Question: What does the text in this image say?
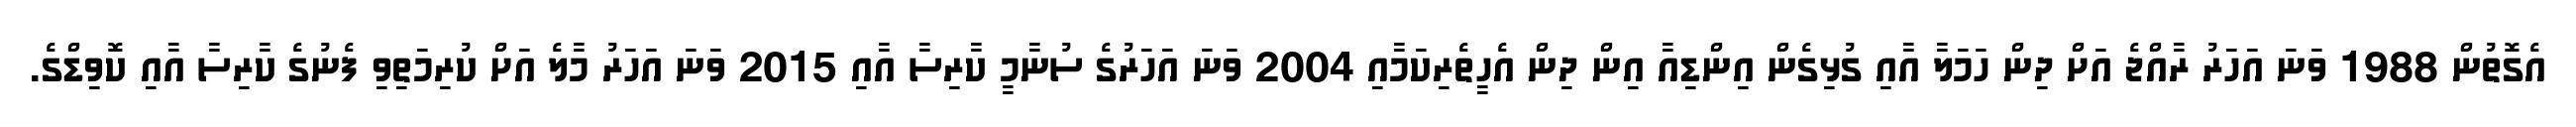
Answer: އެގޮތުން 1988 ވަނަ އަހަރު ރާއްޖެ އަށް ދިން ހަމަލާ އާއި ގުޅިގެން އިންޑިއާ އިން ދިން އެހީތެރިކަމާއި 2004 ވަނަ އަހަރުގެ ސުނާމީ ކާރިސާ އާއި 2015 ވަނަ އަހަރު މާލެ އަށް ކުރިމަތިވި ފެނުގެ ކާރިސާ އާއި ކޮވިޑްގެ.